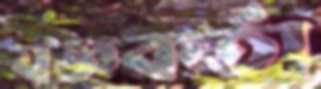
যজ্ঞকর্তা